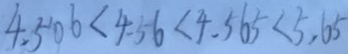
4 . 5 0 6 < 4 . 5 6 < 4 . 5 6 5 < 5 . 6 5